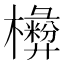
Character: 𣟗